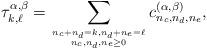
LaTeX: \begin{gather*}\tau^{\alpha,\beta}_{k,\ell}=\sum_{n_{c}+n_{d}=k,n_{d}+n_{e}=\ell \atop n_{c},n_{d},n_{e}\ge0}c^{(\alpha,\beta)}_{n_{c},n_{d},n_{e}},\end{gather*}